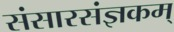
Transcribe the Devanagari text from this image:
संसारसंज्ञकम्